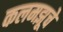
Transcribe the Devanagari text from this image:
कलमझूचे